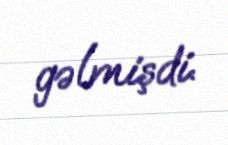
gəlmişdi.